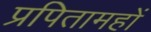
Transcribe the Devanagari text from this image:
प्रपितामहों